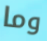
وما